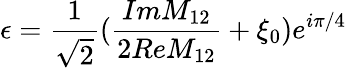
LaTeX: \epsilon=\frac{1}{\sqrt{2}}(\frac{ImM_{12}}{2ReM_{12}}+\xi_{0})e^{i\pi/4}